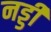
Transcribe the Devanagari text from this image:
नड्डी